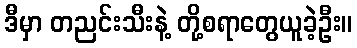
ဒီမှာ တညင်းသီးနဲ့ တို့စရာတွေယူခဲ့ဦး။